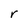
Character: r